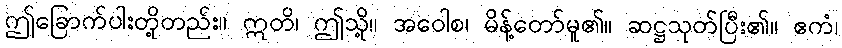
ဤခြောက်ပါးတို့တည်း။ ဣတိ၊ ဤသို့။ အဝေါစ၊ မိန့်တော်မူ၏။ ဆဋ္ဌသုတ်ပြီး၏။ ဧကံ၊